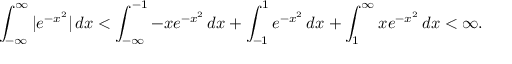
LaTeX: \int _ { - \infty } ^ { \infty } | e ^ { - x ^ { 2 } } | \, d x < \int _ { - \infty } ^ { - 1 } - x e ^ { - x ^ { 2 } } \, d x + \int _ { - 1 } ^ { 1 } e ^ { - x ^ { 2 } } \, d x + \int _ { 1 } ^ { \infty } x e ^ { - x ^ { 2 } } \, d x < \infty .